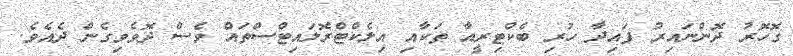
ގޮހޮރު ދޮންނައިރު ފައިދާ ހުރި ބެކްޓިރީއާ ތަކާއި އިލެކްޓްރޮލައިޓްސްތައް ވެސް ދޮވެވިގެން ދެއެވެ.